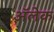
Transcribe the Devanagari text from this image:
अॅलेक